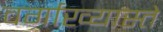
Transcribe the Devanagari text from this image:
वर्गाख्यास्ते